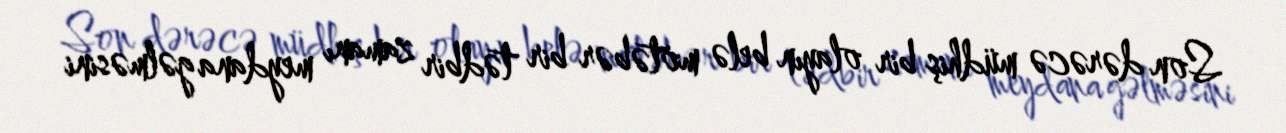
Son dərəcə müdhiş bir olayın belə mötəbər bir tədbir zamanı meydana gəlməsini